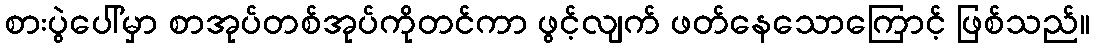
စားပွဲပေါ်မှာ စာအုပ်တစ်အုပ်ကိုတင်ကာ ဖွင့်လျက် ဖတ်နေသောကြောင့် ဖြစ်သည်။